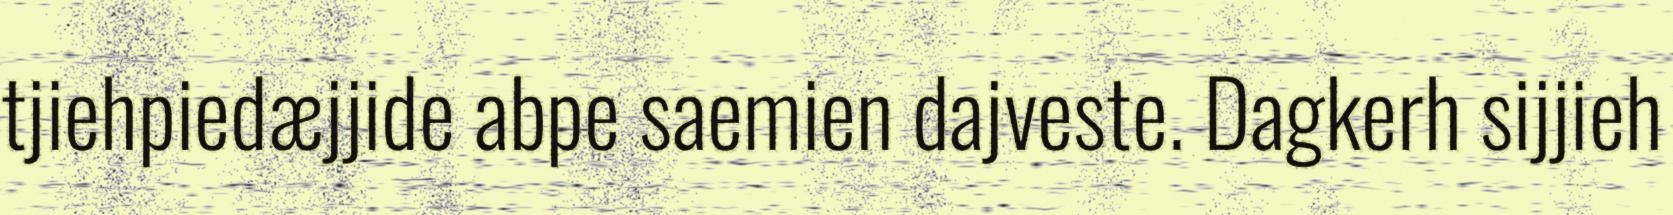
tjiehpiedæjjide abpe saemien dajveste. Dagkerh sijjieh